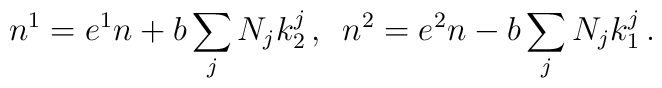
n^{1} = e^{1}n + b\sum_{j} N_{j}k_{2}^{j} \, , \enspace n^{2} = e^{2}n - b\sum_{j} N_{j}k_{1}^{j} \, .